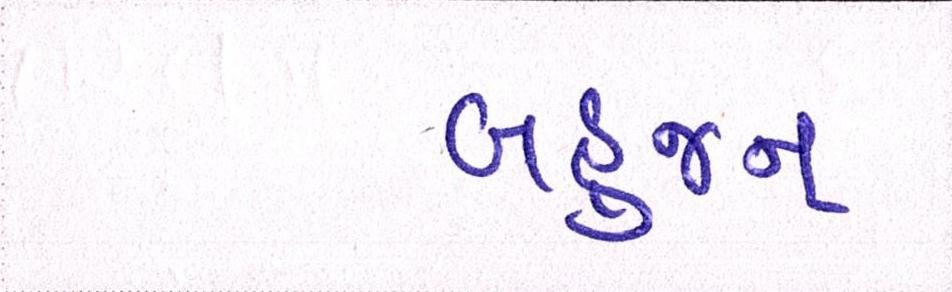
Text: બહુજન